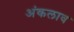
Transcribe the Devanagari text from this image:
अंकलाव